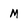
Character: M